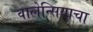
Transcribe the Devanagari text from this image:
वालेन्सियाचा